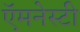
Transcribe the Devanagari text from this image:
ऍमनेस्टी